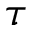
\tau